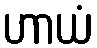
ဟာယံ